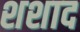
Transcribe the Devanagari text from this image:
शशाद